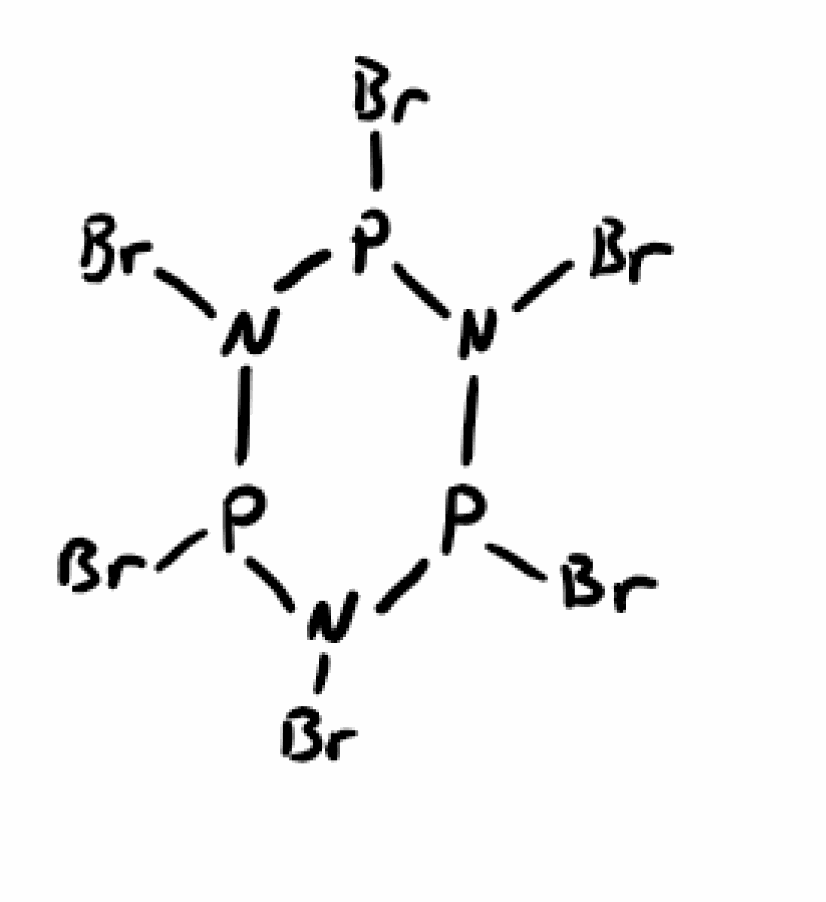
Simplified molecular-input line-entry system (SMILES) notation of the given molecule:
N1(P(N(P(N(P1Br)Br)Br)Br)Br)Br